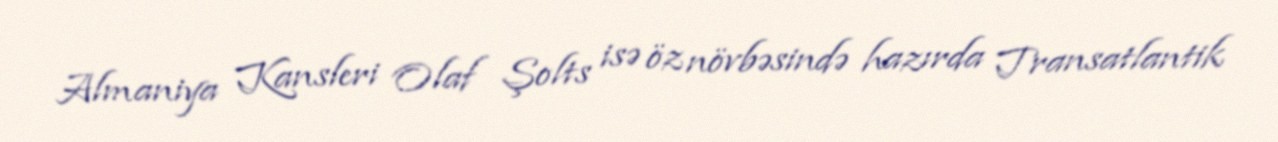
Almaniya Kansleri Olaf Şolts isə öz növbəsində hazırda Transatlantik